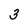
Character: 3